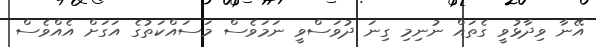
އޭނާ ވިދާޅުވީ ގެތައް ނުނިމި ގިނަ ދުވަސްވީ ނަމަވެސް މަސައްކަތުގެ އަގަށް އެއްވެސް